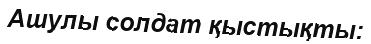
Ашулы солдат қыстықты: